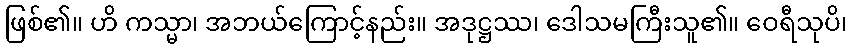
ဖြစ်၏။ ဟိ ကသ္မာ၊ အဘယ်ကြောင့်နည်း။ အဒုဋ္ဌဿ၊ ဒေါသမကြီးသူ၏။ ဝေရီသုပိ၊